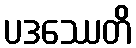
ပဒဿေတိ